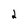
Character: 2